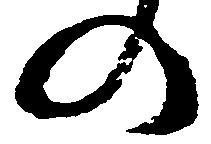
の